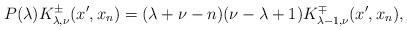
LaTeX: \begin{align*} P(\lambda)K^\pm_{\lambda,\nu}(x^\prime,x_n) =(\lambda+\nu-n)(\nu-\lambda+1)K^\mp_{\lambda-1,\nu}(x^\prime,x_n), \end{align*}